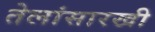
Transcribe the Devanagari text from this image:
तेलांसारखी